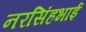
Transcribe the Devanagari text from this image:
नरसिंहभाई